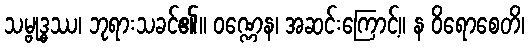
သမ္ဗုဒ္ဓဿ၊ ဘုရားသခင်၏။ ဝဏ္ဏေန၊ အဆင်းကြောင့်။ န ဝိရောစေတိ၊